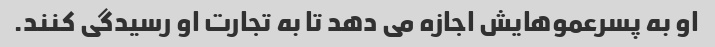
او به پسرعموهایش اجازه می دهد تا به تجارت او رسیدگی کنند.